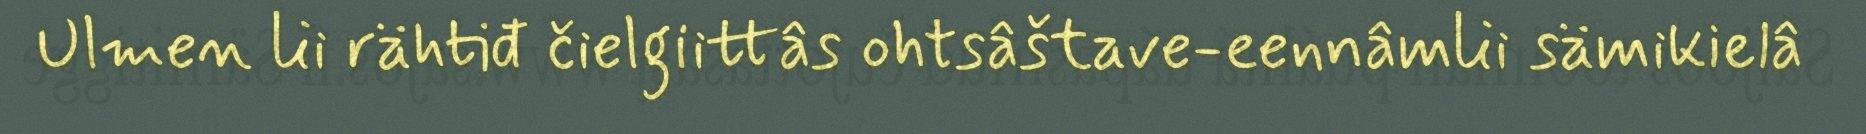
Ulmen lii rähtiđ čielgiittâs ohtsâštave-eennâmlii sämikielâ